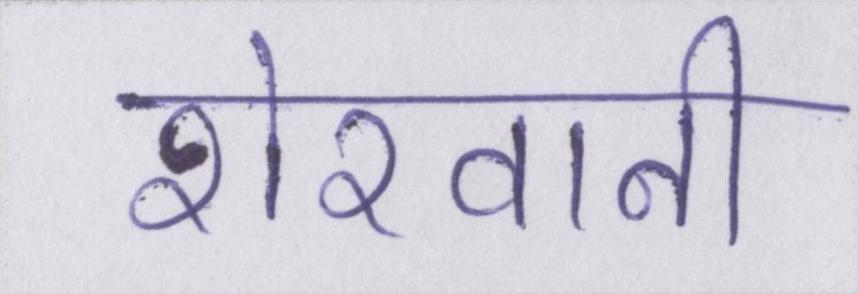
शेरवानी